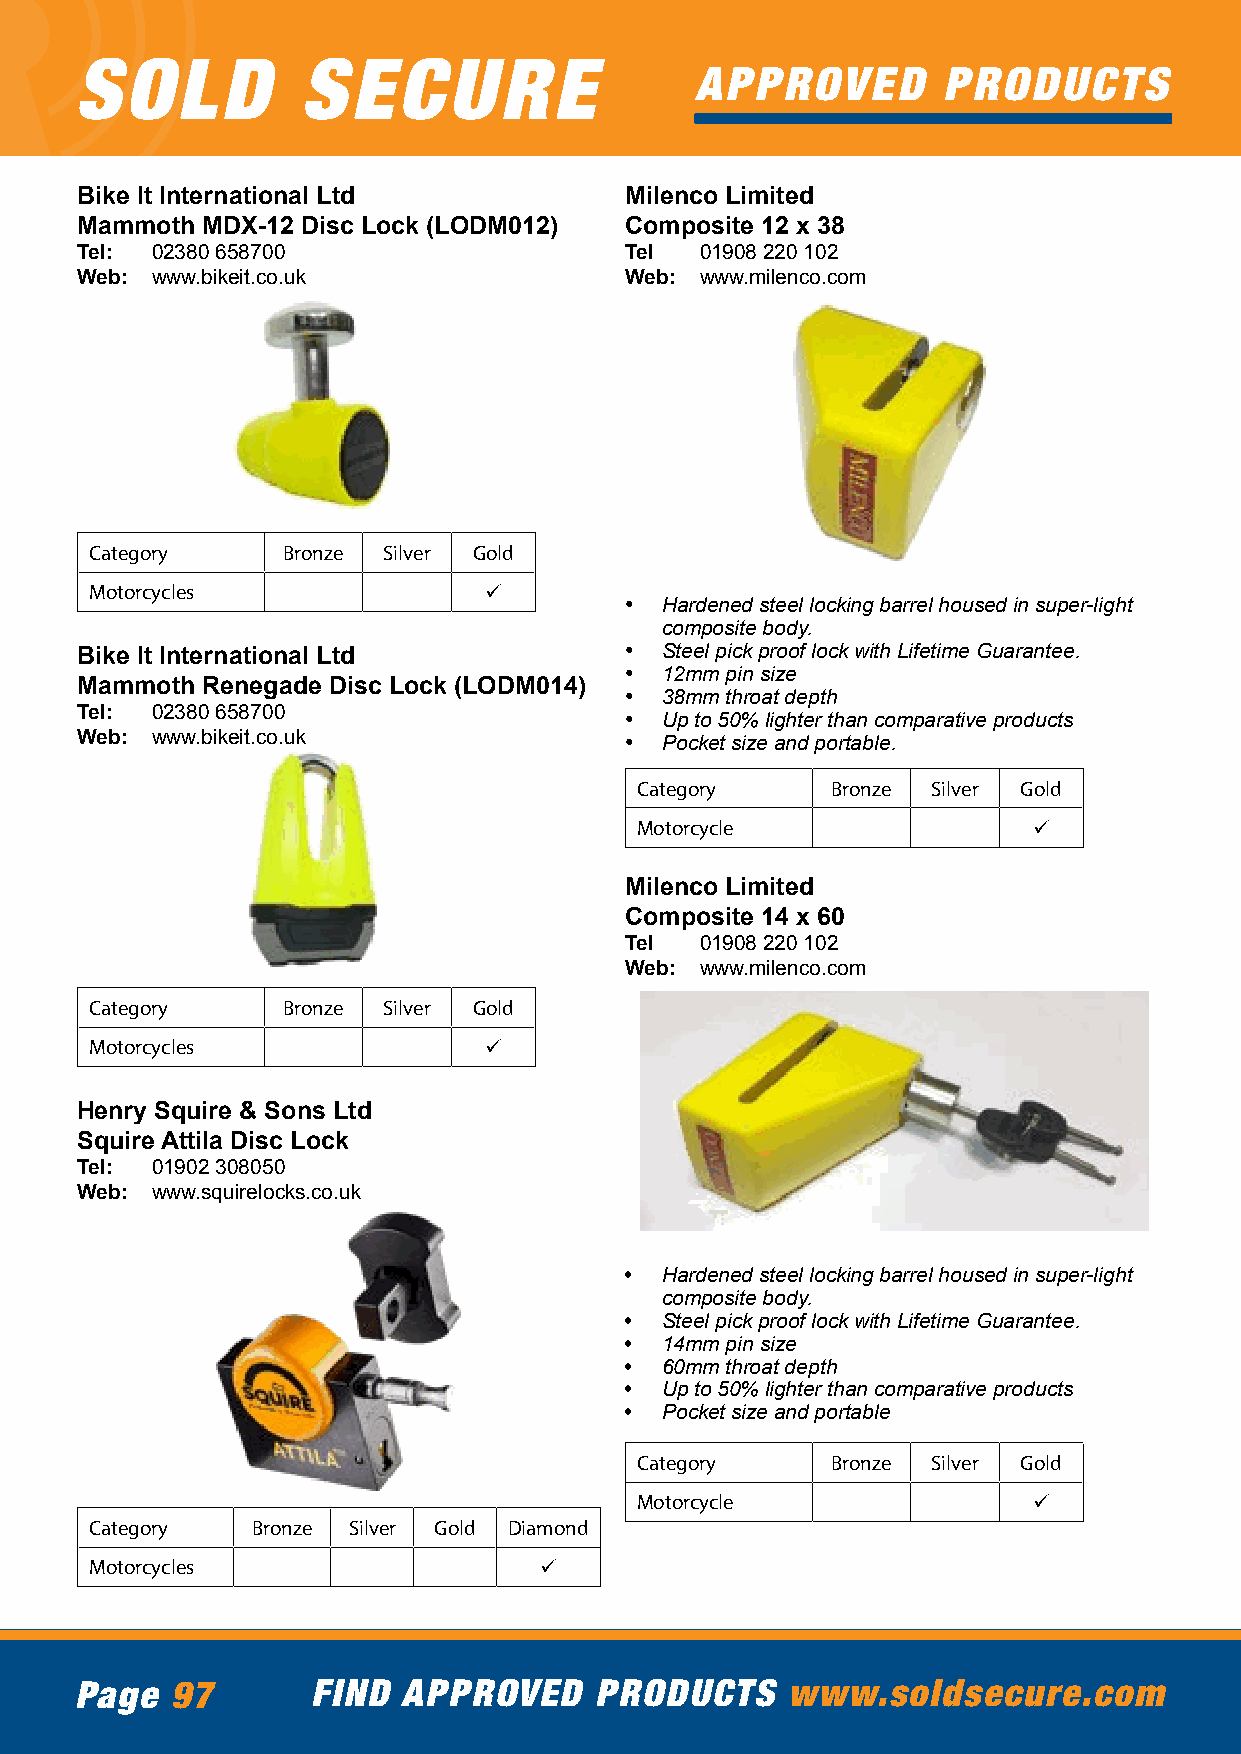
SOLD           SECURE
 APPROVED        PRODUCTS
 Bike It International Ltd           Milenco Limited
 Mammoth MDX-12 Disc Lock (LODM012)  Composite 12 x 38
 Tel: 02380 658700                   Tel  01908 220 102
 Web: www.bikeit.co.uk               Web: www.milenco.com
 Category     Bronze Silver Gold
 Motorcycles               ü
 •  Hardened steel locking barrel housed in super-light
 composite body.
 Bike It International Ltd           •  Steel pick proof lock with Lifetime Guarantee.
 •  12mm pin size
 Mammoth Renegade Disc Lock (LODM014)
 •  38mm throat depth
 Tel: 02380 658700                   •  Up to 50% lighter than comparative products
 Web: www.bikeit.co.uk               •  Pocket size and portable.
 Category     Bronze Silver Gold
 Motorcycle                ü
 Milenco Limited
 Composite 14 x 60
 Tel  01908 220 102
 Web: www.milenco.com
 Category     Bronze Silver Gold
 Motorcycles               ü
 Henry Squire & Sons Ltd
 Squire Attila Disc Lock
 Tel: 01902 308050
 Web: www.squirelocks.co.uk
 •  Hardened steel locking barrel housed in super-light
 composite body.
 •  Steel pick proof lock with Lifetime Guarantee.
 •  14mm pin size
 •  60mm throat depth
 •  Up to 50% lighter than comparative products
 •  Pocket size and portable
 Category     Bronze Silver Gold
 Motorcycle                ü
 Category   Bronze Silver Gold Diamond
 Motorcycles                   ü
 Page  97        FIND  APPROVED    PRODUCTS     www.soldsecure.com